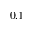
0 . 1